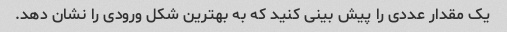
یک مقدار عددی را پیش بینی کنید که به بهترین شکل ورودی را نشان دهد.